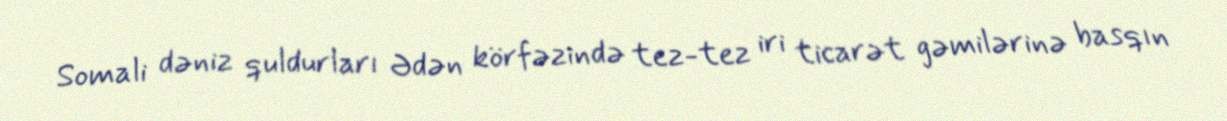
Somali dəniz quldurları Ədən körfəzində tez-tez iri ticarət gəmilərinə basqın